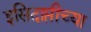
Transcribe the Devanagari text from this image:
इसिदाप्तीच्या